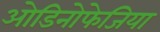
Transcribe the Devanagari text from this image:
ओडिनोफेजिया